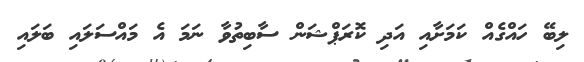
ލިބޭ ހައްގެއް ކަމަށާއި އަދި ކޮރަޕްޝަން ސާބިތުވާ ނަމަ އެ މައްސަލައި ބަލައި